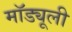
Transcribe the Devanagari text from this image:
मॉड्यूली